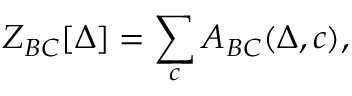
Z _ { B C } [ \Delta ] = \sum _ { c } A _ { B C } ( \Delta , c ) ,